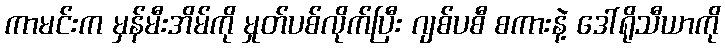
ကာမင်းက မှန်မီးအိမ်ကို မှုတ်ပစ်လိုက်ပြီး ဂျစ်ပစီ စကားနဲ့ ဒေါ်ရိုသီယာကို